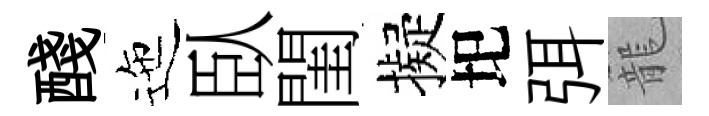
醆迤臥閨擬圯弭籠